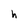
Character: h